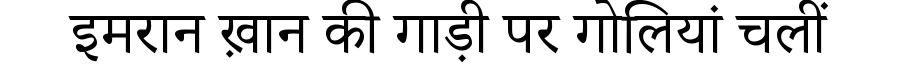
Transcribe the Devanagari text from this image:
इमरान ख़ान की गाड़ी पर गोलियां चलीं